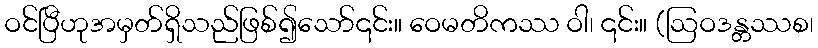
ဝင်ပြီဟုအမှတ်ရှိသည်ဖြစ်၍သော်၎င်း။ ဝေမတိကဿ ဝါ၊ ၎င်း။ (ဩဝဒန္တဿစ၊